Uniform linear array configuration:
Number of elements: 32
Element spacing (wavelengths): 0.25
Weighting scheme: hann
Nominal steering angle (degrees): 45
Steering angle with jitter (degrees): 43.915
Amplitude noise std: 0.05
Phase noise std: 0.05

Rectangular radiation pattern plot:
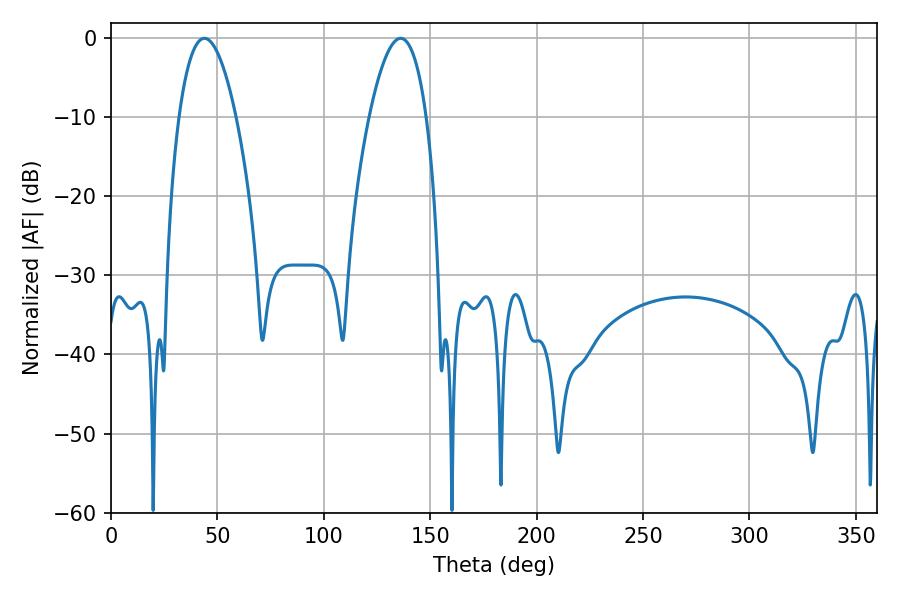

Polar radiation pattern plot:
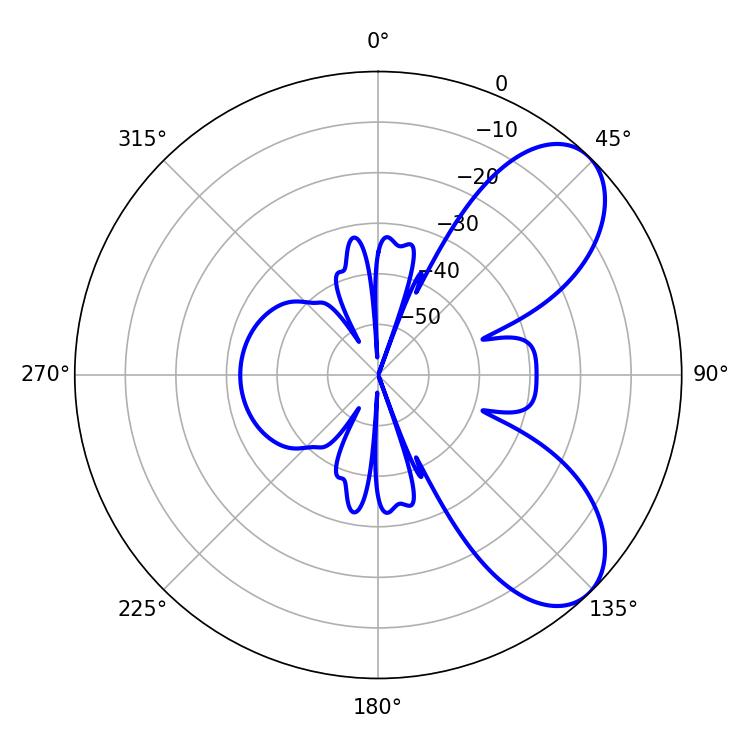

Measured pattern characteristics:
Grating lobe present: FALSE
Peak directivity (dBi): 7.133
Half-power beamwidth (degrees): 14.94
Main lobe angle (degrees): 43.92